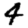
Digit: 4